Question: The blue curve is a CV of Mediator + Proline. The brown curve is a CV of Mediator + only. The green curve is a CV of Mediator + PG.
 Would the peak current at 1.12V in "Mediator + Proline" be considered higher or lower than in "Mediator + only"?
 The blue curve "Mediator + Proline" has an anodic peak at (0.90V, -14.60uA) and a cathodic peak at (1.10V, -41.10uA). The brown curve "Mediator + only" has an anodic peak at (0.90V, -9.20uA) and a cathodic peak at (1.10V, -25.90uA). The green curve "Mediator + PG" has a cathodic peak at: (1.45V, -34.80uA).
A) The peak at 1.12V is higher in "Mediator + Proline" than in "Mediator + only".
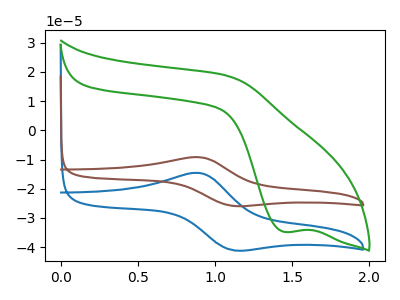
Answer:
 <answer>A) The peak at 1.12V is higher in "Mediator + Proline" than in "Mediator + only".</answer>
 <eval>A</eval>